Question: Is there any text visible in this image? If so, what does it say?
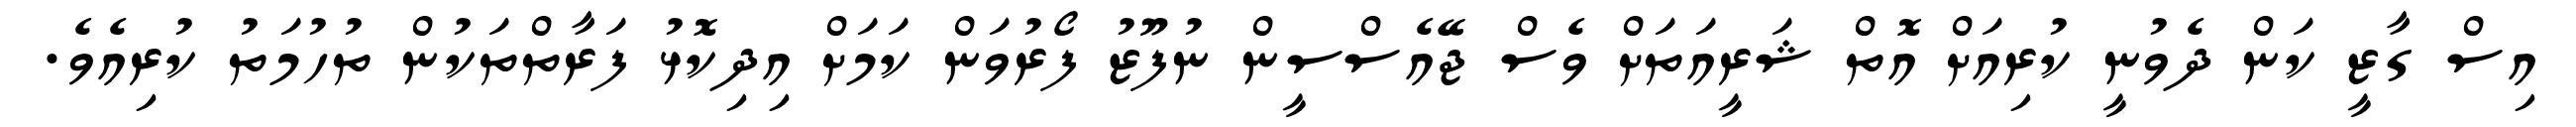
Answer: އިސް ގާޒީ ކަން ދެވުނީ ކުރިއަށް އޮތް ޝަރީއަތަށް ވެސް ޖޭއެސްސީން ނުފޫޒު ފޯރުވަން ކަމަށް އިދިކޮޅު ފަރާތްތަކުން ތުހުމަތު ކުރިއެވެ.